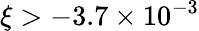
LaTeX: \xi>-3.7\times 10^{-3}